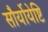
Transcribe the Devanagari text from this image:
सौर्योयेष्टि